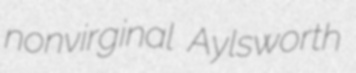
nonvirginal Aylsworth